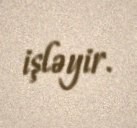
işləyir.